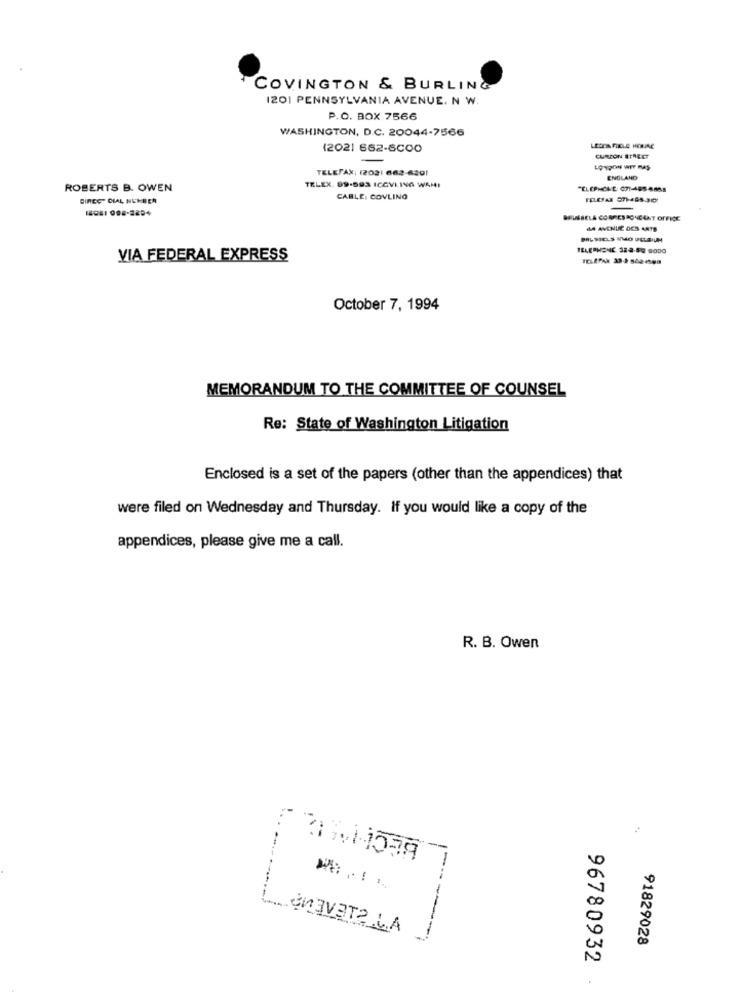
COVINGTON & BURLING
1201 PENNSYLVANIA AVENUE. N W.
P.O. BOX 7566
WASHINGTON, D.C. 20044-7566
(2021 662-6000
-
CURZON STREET
TELEFAX: (2021 662-6201
ENGLAND
ROBERTS B. OWEN
TELEX. 89-593 ICCVLING WAHI
DIRECT CIAL NUMBER
CABLE: COVLING
FELESAX 971-465-30
BRUSSELS CORRESPONDANT OFFICE
MA AVENUE OCS 4AT9
VIA FEDERAL EXPRESS
October 7, 1994
MEMORANDUM TO THE COMMITTEE OF COUNSEL
Re: State of Washington Litigation
Enclosed is a set of the papers (other than the appendices) that
were filed on Wednesday and Thursday. If you would like a copy of the
appendices, please give me a call.
R. B. Owen
-
-
LenaVata LA
.---
91829028
96780932